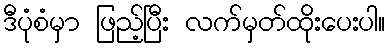
ဒီပုံစံမှာ ဖြည့်ပြီး လက်မှတ်ထိုးပေးပါ။